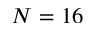
N = 1 6